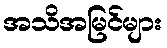
အသိအမြင်များ